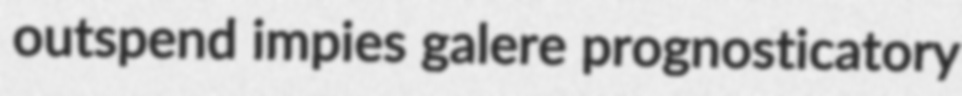
outspend impies galere prognosticatory